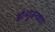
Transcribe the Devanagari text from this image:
डॉ॰गुंजनशाह